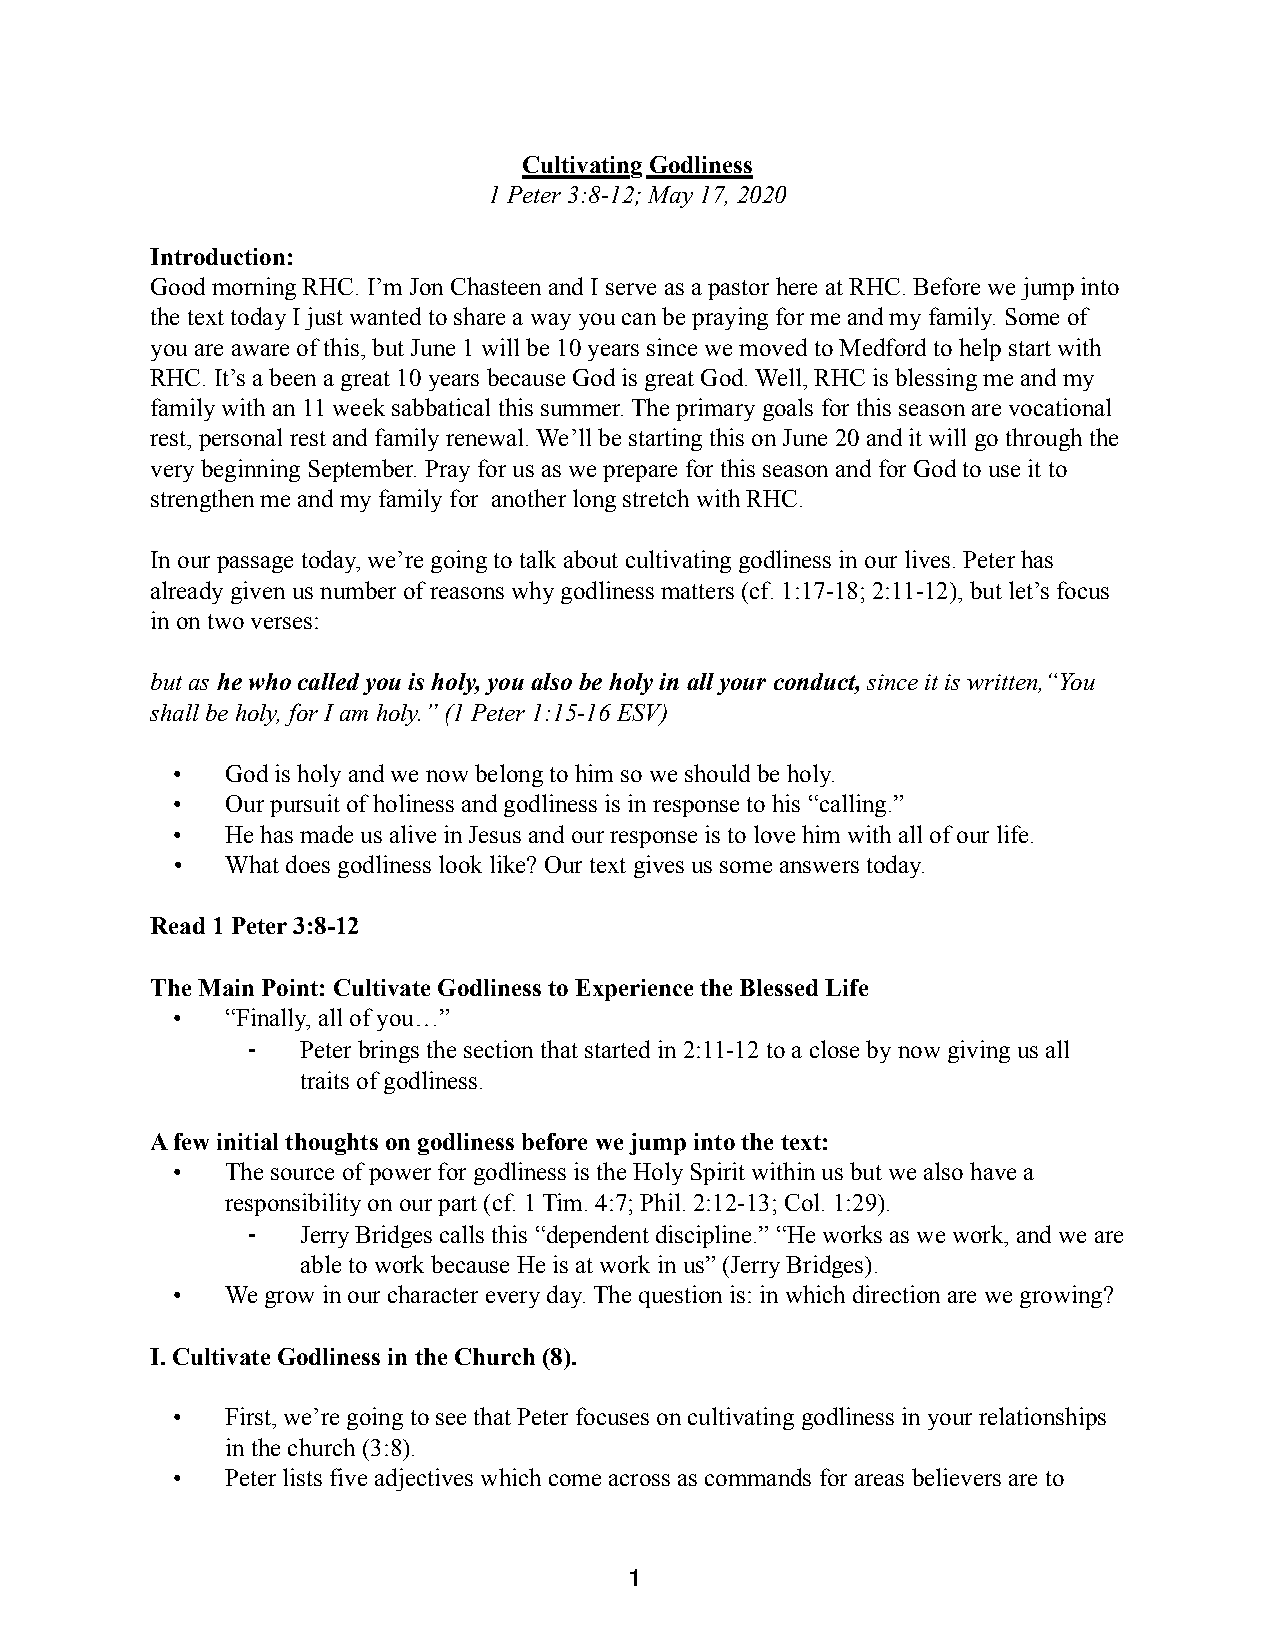
Cultivating Godliness
 1 Peter 3:8-12; May 17, 2020
 Introduction:
 Good morning RHC. I’m Jon Chasteen and I serve as a pastor here at RHC. Before we jump into
 the text today I just wanted to share a way you can be praying for me and my family. Some of
 you are aware of this, but June 1 will be 10 years since we moved to Medford to help start with
 RHC. It’s a been a great 10 years because God is great God. Well, RHC is blessing me and my
 family with an 11 week sabbatical this summer. The primary goals for this season are vocational
 rest, personal rest and family renewal. We’ll be starting this on June 20 and it will go through the
 very beginning September. Pray for us as we prepare for this season and for God to use it to
 strengthen me and my family for another long stretch with RHC.
 In our passage today, we’re going to talk about cultivating godliness in our lives. Peter has
 already given us number of reasons why godliness matters (cf. 1:17-18; 2:11-12), but let’s focus
 in on two verses:
 but as he who called you is holy, you also be holy in all your conduct, since it is written,“You
 shall be holy, for I am holy.” (1 Peter 1:15-16 ESV)
 •   God is holy and we now belong to him so we should be holy.
 •   Our pursuit of holiness and godliness is in response to his “calling.”
 •   He has made us alive in Jesus and our response is to love him with all of our life.
 •   What does godliness look like? Our text gives us some answers today.
 Read 1 Peter 3:8-12
 The Main Point: Cultivate Godliness to Experience the Blessed Life
 •   “Finally, all of you…”
 ⁃   Peter brings the section that started in 2:11-12 to a close by now giving us all
 traits of godliness.
 A few initial thoughts on godliness before we jump into the text:
 •   The source of power for godliness is the Holy Spirit within us but we also have a
 responsibility on our part (cf. 1 Tim. 4:7; Phil. 2:12-13; Col. 1:29).
 ⁃   Jerry Bridges calls this “dependent discipline.” “He works as we work, and we are
 able to work because He is at work in us” (Jerry Bridges).
 •   We grow in our character every day. The question is: in which direction are we growing?
 I. Cultivate Godliness in the Church (8).
 •   First, we’re going to see that Peter focuses on cultivating godliness in your relationships
 in the church (3:8).
 •   Peter lists five adjectives which come across as commands for areas believers are to
 1